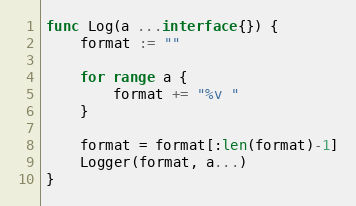
Language: Go
func Log(a ...interface{}) {
	format := ""

	for range a {
		format += "%v "
	}

	format = format[:len(format)-1]
	Logger(format, a...)
}